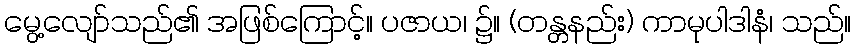
မွေ့လျော်သည်၏ အဖြစ်ကြောင့်။ ပဇာယ၊ ၌။ (တန္တနည်း) ကာမုပါဒါနံ၊ သည်။